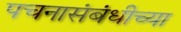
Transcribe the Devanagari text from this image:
पचनासंबंधीच्या